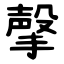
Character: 撀